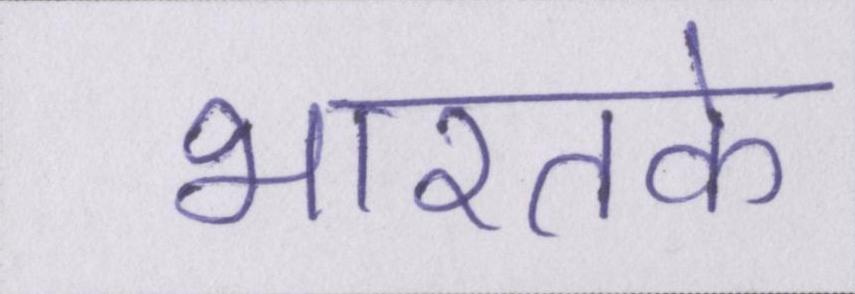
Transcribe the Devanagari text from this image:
भारतके